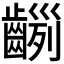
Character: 𪙂